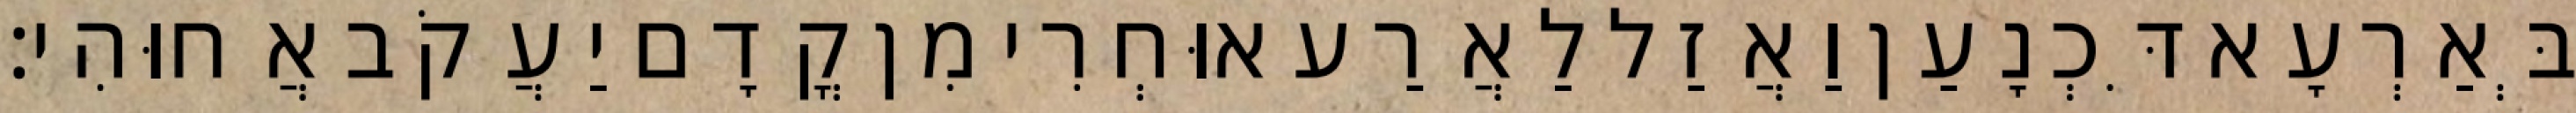
בְּאַרְעָא דִּכְנָעַן וַאֲזַל לַאֲרַע אוּחְרִי מִן קֳדָם יַעֲקֹב אֲחוּהִי׃